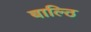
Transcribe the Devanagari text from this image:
बाल्ठि